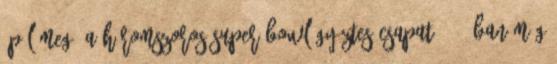
épül meg. A háromszoros Super Bowl-győztes csapat 2018-ban még